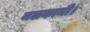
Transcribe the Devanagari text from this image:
मलकानी।